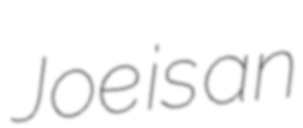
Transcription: Joe is an